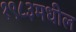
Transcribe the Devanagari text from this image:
१९८३मधील